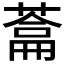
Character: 𮐯